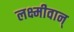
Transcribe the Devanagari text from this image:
लक्ष्मीवान्